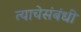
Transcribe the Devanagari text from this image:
त्याचेसंबंधी